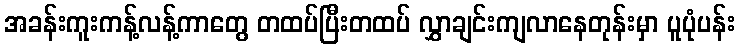
အခန်းကူးကန့်လန့်ကာတွေ တထပ်ပြီးတထပ် လွှာချင်းကျလာနေတုန်းမှာ ပူပုံပန်း